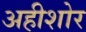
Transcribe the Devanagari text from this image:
अहीशोर